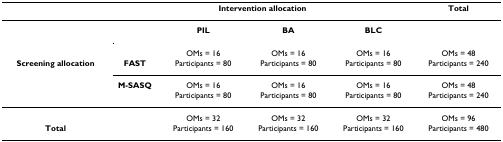
|  | <COLSPAN=4> Intervention allocation | Total |
 | --- | --- | --- | --- | --- | --- |
 |  |  | PIL | BA | BLC |  |
 |  |  | OMs = 16 | OMs = 16 | OMs = 16 | OMs = 48 |
 | Screening allocation | FAST | Participants = 80 | Participants = 80 | Participants = 80 | Participants = 240 |
 |  | M-SASQ | OMs = 16 | OMs = 16 | OMs = 16 | OMs = 48 |
 |  |  | Participants = 80 | Participants = 80 | Participants = 80 | Participants = 240 |
 |  |  | OMs = 32 | OMs = 32 | OMs = 32 | OMs = 96 |
 | Total |  | Participants = 160 | Participants = 160 | Participants = 160 | Participants = 480 |